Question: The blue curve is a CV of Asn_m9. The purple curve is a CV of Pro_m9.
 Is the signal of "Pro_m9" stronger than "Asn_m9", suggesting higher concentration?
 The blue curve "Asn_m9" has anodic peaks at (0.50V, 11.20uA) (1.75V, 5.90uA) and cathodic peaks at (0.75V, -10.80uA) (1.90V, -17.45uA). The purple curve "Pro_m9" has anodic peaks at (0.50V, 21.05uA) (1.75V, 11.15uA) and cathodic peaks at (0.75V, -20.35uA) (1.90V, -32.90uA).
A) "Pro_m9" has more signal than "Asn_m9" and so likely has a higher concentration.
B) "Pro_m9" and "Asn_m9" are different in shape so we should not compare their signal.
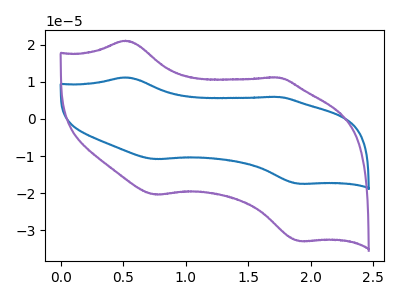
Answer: <think>All the peaks in "Pro_m9" have a peak in "Asn_m9" at the same potential. Every peak in "Pro_m9" is higher than every peak in "Asn_m9".
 </think>
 <answer>A) "Pro_m9" has more signal than "Asn_m9" and so likely has a higher concentration.</answer>
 <eval>A</eval>